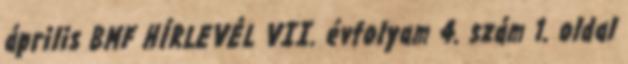
április BMF HÍRLEVÉL VII. évfolyam 4. szám 1. oldal